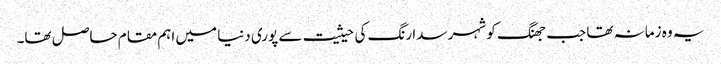
یہ وہ زمانہ تھا جب جھنگ کو شہر سدا رنگ کی حیثیت سے پوری دنیا میں اہم مقام حاصل تھا۔